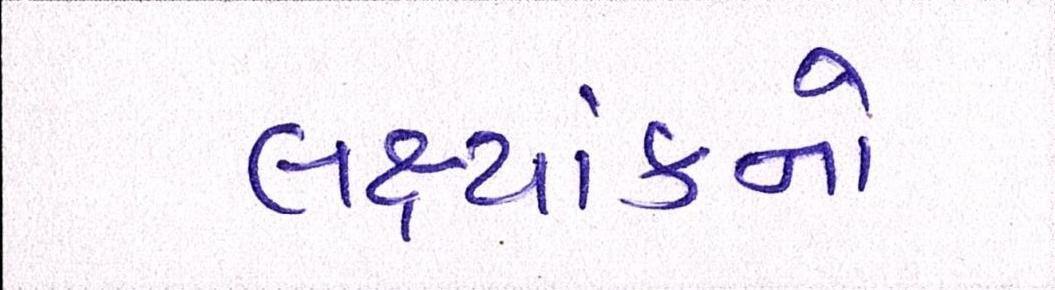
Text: લક્ષ્યાંકનો